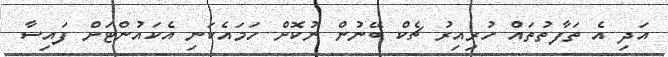
އަދި އެ ތަފާތުތައް ހުރިއިރު ޗެކް ބޭނުން ނުކޮށް ހަމައެކަނި އެކައުންޓަށް ފައިސާ